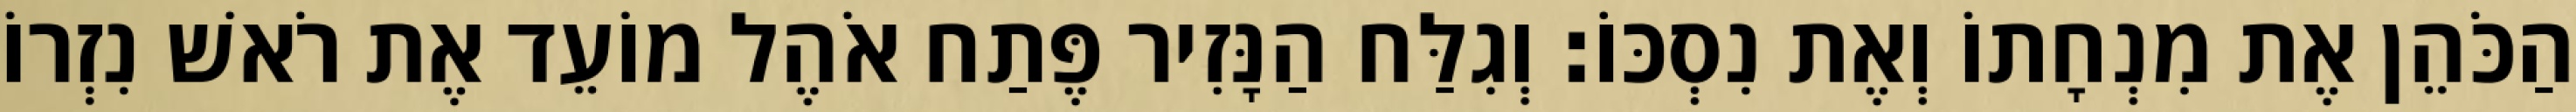
הַכֹּהֵן אֶת מִנְחָתוֹ וְאֶת נִסְכּוֹ׃ וְגִלַּח הַנָּזִיר פֶּתַח אֹהֶל מוֹעֵד אֶת רֹאשׁ נִזְרוֹ